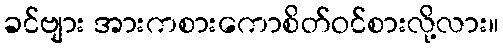
ခင်ဗျား အားကစားကောစိတ်ဝင်စားလို့လား။